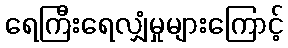
ရေကြီးရေလျှံမှုများကြောင့်